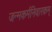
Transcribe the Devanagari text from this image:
जन्मकर्मनिवारकम्